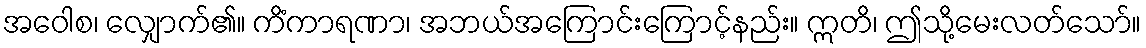
အဝေါစ၊ လျှောက်၏။ ကိံကာရဏာ၊ အဘယ်အကြောင်းကြောင့်နည်း။ ဣတိ၊ ဤသို့မေးလတ်သော်။